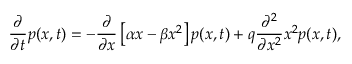
\frac { \partial } { \partial t } p ( x , t ) = - \frac { \partial } { \partial x } \left[ \alpha x - \beta x ^ { 2 } \right] p ( x , t ) + q \frac { \partial ^ { 2 } } { \partial x ^ { 2 } } x ^ { 2 } p ( x , t ) ,